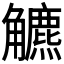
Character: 𧥍